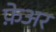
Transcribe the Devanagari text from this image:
फ़ेअर